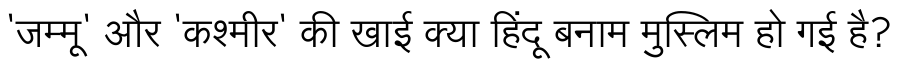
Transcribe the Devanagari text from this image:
'जम्मू' और 'कश्मीर' की खाई क्या हिंदू बनाम मुस्लिम हो गई है?